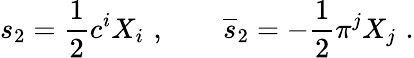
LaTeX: s_{2}={\frac{1}{2}}c^{i}X_{i}\, \, ,\quad\quad\overline{{{s}}}_{2}=-{\frac{1}{2}}\pi^{j}X_{j}\, \, .